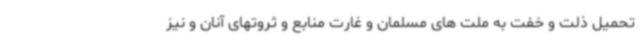
تحمیل ذلت و خفت به ملت های مسلمان و غارت منابع و ثروتهای آنان و نیز